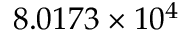
8 . 0 1 7 3 \times 1 0 ^ { 4 }